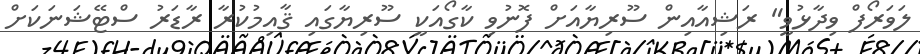
ލަވަރޯފް ވިދާޅުވީ" ރަޝިއާއިން ސޫރިޔާއަށް ފޮނުވި ކާގޯއަކީ ސޫރިޔާގައި ޤާއިމުކުރާ ރާޑަރު ސްޓޭޝަނަކަށް